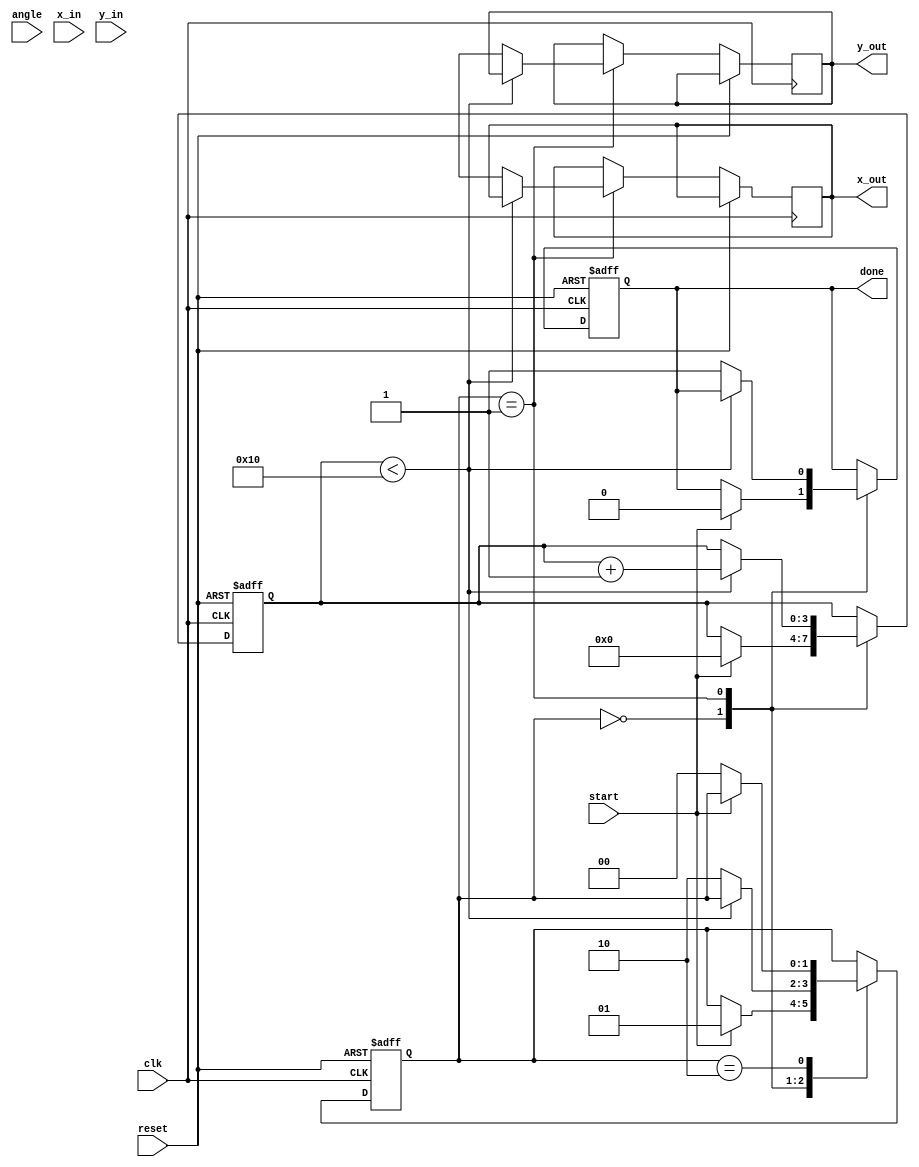
module pipeline_cordic #(
    parameter STAGES = 16,          // Number of CORDIC stages
    parameter FIXED_POINT_WIDTH = 16 // Width of fixed-point representation
)(
    input wire clk,                  // Clock signal
    input wire reset,                // Reset signal
    input wire start,                // Start signal for CORDIC operation
    input wire signed [FIXED_POINT_WIDTH-1:0] angle, // Input angle in fixed-point
    input wire signed [FIXED_POINT_WIDTH-1:0] x_in,  // Input x vector
    input wire signed [FIXED_POINT_WIDTH-1:0] y_in,  // Input y vector
    output reg signed [FIXED_POINT_WIDTH-1:0] x_out,  // Output x vector
    output reg signed [FIXED_POINT_WIDTH-1:0] y_out,  // Output y vector
    output reg done                  // Done signal
);

// Internal signals
reg signed [FIXED_POINT_WIDTH-1:0] x [0:STAGES-1];
reg signed [FIXED_POINT_WIDTH-1:0] y [0:STAGES-1];
reg signed [FIXED_POINT_WIDTH-1:0] angle_table [0:STAGES-1];
reg [3:0] stage;                   // Current stage
reg [1:0] state;                   // FSM state

// Angle lookup table initialization (arctan values)
initial begin
    angle_table[0] = 16'h26DD; // atan(1/1) in fixed-point
    angle_table[1] = 16'h1C71; // atan(1/2) in fixed-point
    angle_table[2] = 16'h14D5; // atan(1/4) in fixed-point
    // ... Initialize other angles as needed
end

// FSM states
localparam IDLE = 2'b00,
           RUN  = 2'b01,
           DONE = 2'b10;

// Control logic
always @(posedge clk or posedge reset) begin
    if (reset) begin
        state <= IDLE;
        stage <= 0;
        done <= 0;
    end else begin
        case (state)
            IDLE: begin
                if (start) begin
                    x[0] <= x_in;
                    y[0] <= y_in;
                    stage <= 0;
                    state <= RUN;
                    done <= 0;
                end
            end
            RUN: begin
                if (stage < STAGES) begin
                    // CORDIC rotation logic
                    if (angle < 0) begin
                        x[stage + 1] <= x[stage] + (y[stage] >>> stage);
                        y[stage + 1] <= y[stage] - (x[stage] >>> stage);
                    end else begin
                        x[stage + 1] <= x[stage] - (y[stage] >>> stage);
                        y[stage + 1] <= y[stage] + (x[stage] >>> stage);
                    end
                    stage <= stage + 1;
                end else begin
                    x_out <= x[STAGES];
                    y_out <= y[STAGES];
                    done <= 1;
                    state <= DONE;
                end
            end
            DONE: begin
                if (!start) begin
                    state <= IDLE;
                end
            end
        endcase
    end
end

endmodule